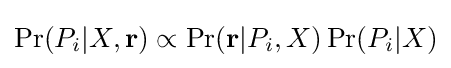
\Pr(P_{i}|X,{\mathbf {r} })\propto \Pr({\mathbf {r} }|P_{i},X)\Pr(P_{i}|X)